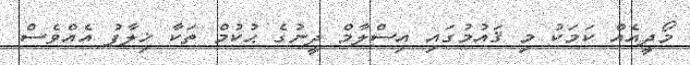
މޯދީއެއް ކަމަކު މި ޤައުމުގައި އިސްލާމް ދީނުގެ ޙުކުމް ތަކާ ޚިލާފު އެއްވެސް